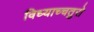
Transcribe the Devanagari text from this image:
विध्याच्चतुरो